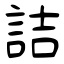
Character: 詰